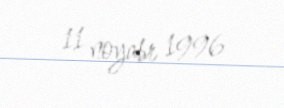
11 noyabr 1996